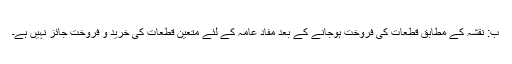
ب: نقشہ کے مطابق قطعات کی فروخت ہوجانے کے بعد مفاد عامہ کے لئے متعین قطعات کی خرید و فروخت جائز نہیں ہے۔